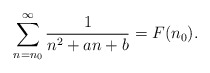
\begin{align*}\sum_{n=n_0}^{\infty}\frac{1}{n^2+an+b}=F(n_0).\end{align*}